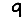
Digit: 9